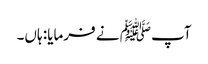
آپﷺ نے فرمایا: ہاں۔